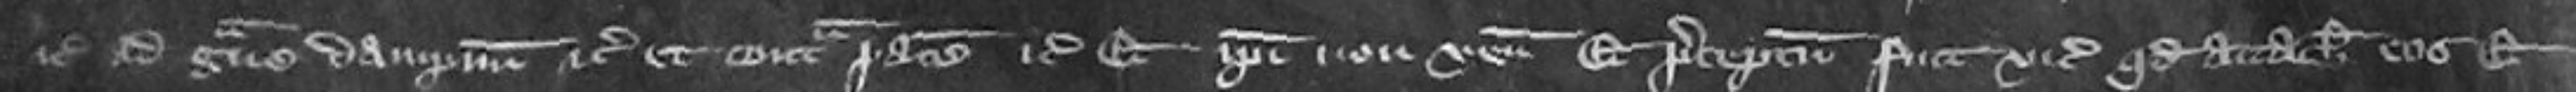
etc ad grave dampnum etc et contra pacem etc Et ipsi non venit Et preceptum fuit vicecomiti quod attachiat eos et